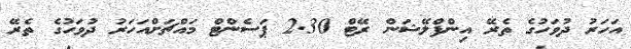
އަހަރު ދުވަހުގެ ތެރޭ އިންފްލޭޝަން ރޭޓް 2.30 ޕަސެންޓް މައްޗަށްއަހަރު ދުވަހުގެ ތެރޭ